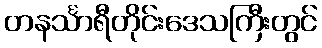
တနင်္သာရီတိုင်းဒေသကြီးတွင်